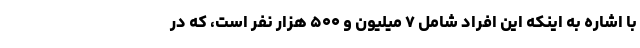
با اشاره به اینکه این افراد شامل ۷ میلیون و ۵۰۰ هزار نفر است، که در